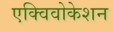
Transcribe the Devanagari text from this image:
एक्विवोकेशन